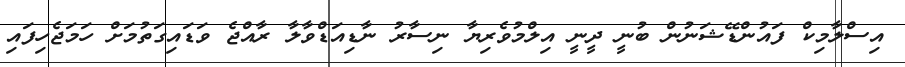
އިސްލާމިކް ފައުންޑޭޝަނުން ބުނީ ދީނީ އިލްމުވެރިޔާ ނިސާރު ނާޑިއަޑްވާލާ ރާއްޖެ ވަޑައިގަތުމަށް ހަމަޖެހިފައި